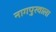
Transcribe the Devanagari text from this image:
नागपुरवाला